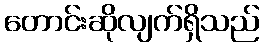
တောင်းဆိုလျက်ရှိသည်